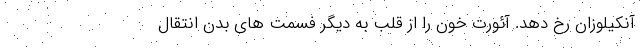
آنکیلوزان رخ دهد. آئورت خون را از قلب به دیگر فسمت های بدن انتقال